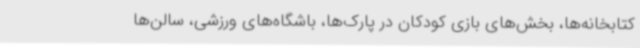
کتابخانه‌ها، بخش‌های بازی کودکان در پارک‌ها، باشگاه‌های ورزشی، سالن‌ها